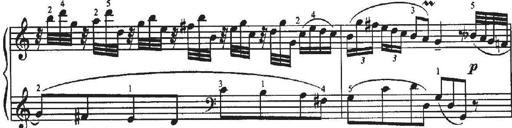
Title: Sonatina No.4 in C major
Composer: Georg Benda
Key: C major